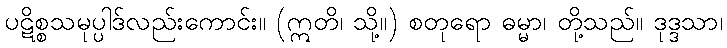
ပဋိစ္စသမုပ္ပါဒ်လည်းကောင်း။ (ဣတိ၊ သို့။) စတုရော ဓမ္မာ၊ တို့သည်။ ဒုဒ္ဒသာ၊